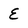
Character: E